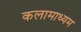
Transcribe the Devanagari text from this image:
कलामाध्यम